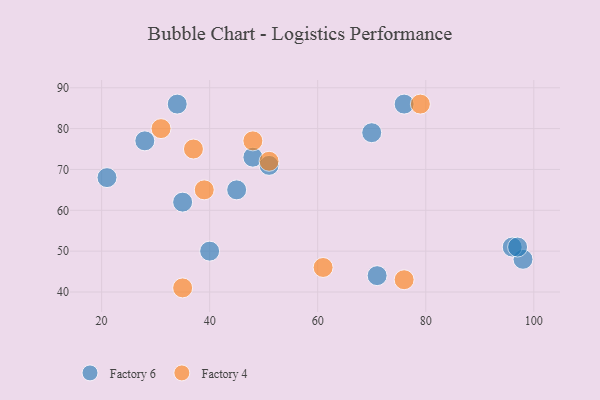
{"axis": {"x": "GDP", "y": "Life Expectancy"}, "legend": ["Factory 4", "Factory 6"], "data": [{"x": "71", "y": 44, "type": "Factory 6"}, {"x": "48", "y": 73, "type": "Factory 6"}, {"x": "35", "y": 62, "type": "Factory 6"}, {"x": "98", "y": 48, "type": "Factory 6"}, {"x": "34", "y": 86, "type": "Factory 6"}, {"x": "51", "y": 71, "type": "Factory 6"}, {"x": "45", "y": 65, "type": "Factory 6"}, {"x": "96", "y": 51, "type": "Factory 6"}, {"x": "28", "y": 77, "type": "Factory 6"}, {"x": "76", "y": 86, "type": "Factory 6"}, {"x": "21", "y": 68, "type": "Factory 6"}, {"x": "40", "y": 50, "type": "Factory 6"}, {"x": "97", "y": 51, "type": "Factory 6"}, {"x": "70", "y": 79, "type": "Factory 6"}, {"x": "48", "y": 77, "type": "Factory 4"}, {"x": "79", "y": 86, "type": "Factory 4"}, {"x": "39", "y": 65, "type": "Factory 4"}, {"x": "61", "y": 46, "type": "Factory 4"}, {"x": "35", "y": 41, "type": "Factory 4"}, {"x": "76", "y": 43, "type": "Factory 4"}, {"x": "51", "y": 72, "type": "Factory 4"}, {"x": "31", "y": 80, "type": "Factory 4"}, {"x": "37", "y": 75, "type": "Factory 4"}]}